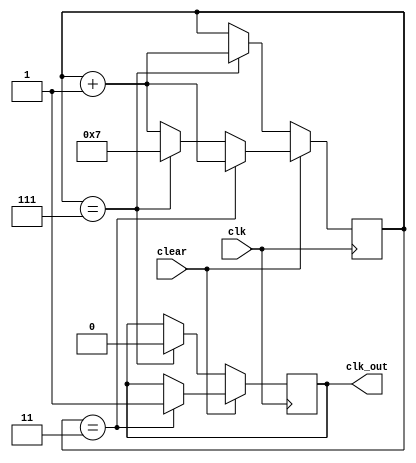
module counter7 (input clk,      
                  input clear,              
                  output reg clk_out);    
 
  reg [3:0]out;  //criando uma variavel auxiliar para servir como contador
  initial begin
      clk_out <= 0;
      out <= 0;
  end

    always @ (posedge clk) begin //sempre na borda de subida entramos no always
        if(clear)begin  
            if (out == 3) begin// qaundo chegar em 4 a saida fica '1'
                clk_out <= 1;
                out <= out + 1; 
            end
        

            else if (out == 7) // se o contador chegar em 7 e o comando clear n for '0' ele continua no 7.
                out <=7;
            else    
                out <= out + 1;
        end
        else  begin
            if(out==7)begin // clear ativo em nivel BAIXO envia o 1 e atualiza pra zero o contador.   
                out <= out + 1;
                clk_out <=0;
            end
        end
    
  end
endmodule